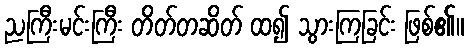
ညကြီးမင်းကြီး တိတ်တဆိတ် ထ၍ သွားကြခြင်း ဖြစ်၏။